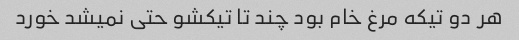
هر دو تیکه مرغ خام بود چند تا تیکشو حتی نمیشد خورد